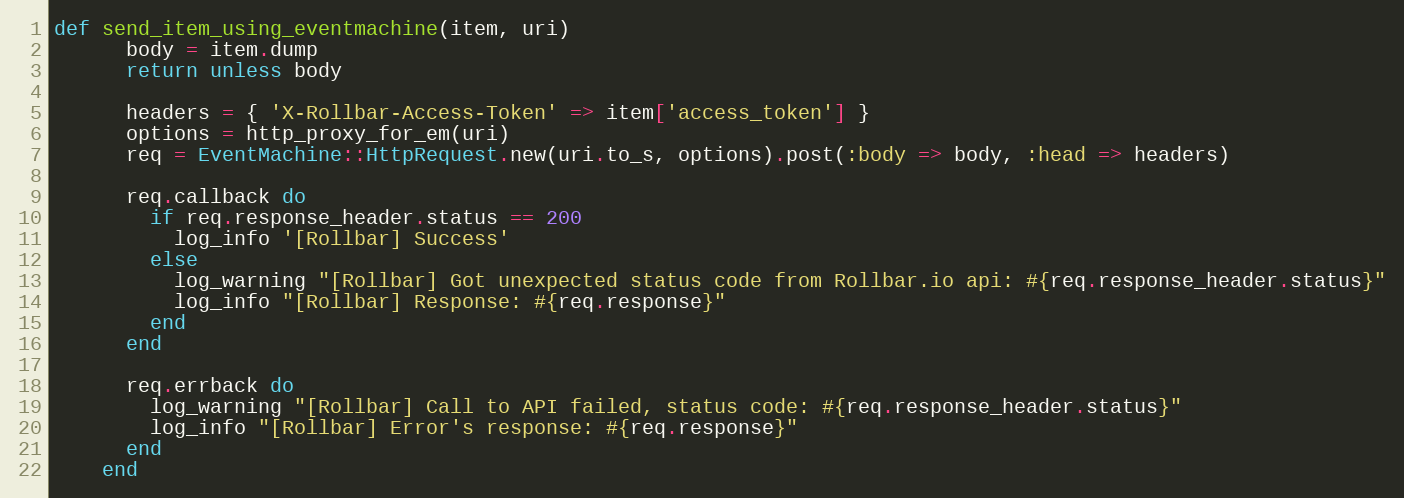
Language: Ruby
def send_item_using_eventmachine(item, uri)
      body = item.dump
      return unless body

      headers = { 'X-Rollbar-Access-Token' => item['access_token'] }
      options = http_proxy_for_em(uri)
      req = EventMachine::HttpRequest.new(uri.to_s, options).post(:body => body, :head => headers)

      req.callback do
        if req.response_header.status == 200
          log_info '[Rollbar] Success'
        else
          log_warning "[Rollbar] Got unexpected status code from Rollbar.io api: #{req.response_header.status}"
          log_info "[Rollbar] Response: #{req.response}"
        end
      end

      req.errback do
        log_warning "[Rollbar] Call to API failed, status code: #{req.response_header.status}"
        log_info "[Rollbar] Error's response: #{req.response}"
      end
    end